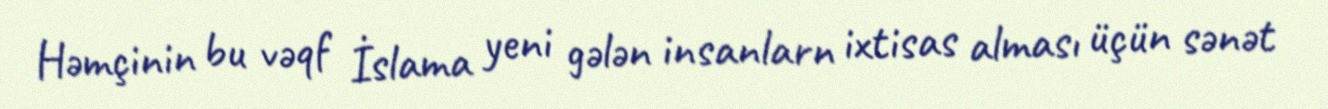
Həmçinin bu vəqf İslama yeni gələn insanlarn ixtisas alması üçün sənət